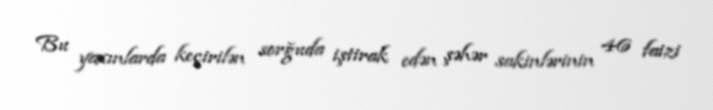
Bu yaxınlarda keçirilən sorğuda iştirak edən şəhər sakinlərinin 46 faizi